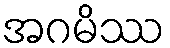
အဂမိဿ